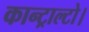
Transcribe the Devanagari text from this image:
कान्ट्राल्टो।